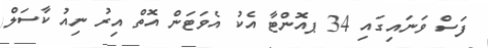
ފަސް ވަނައިގައި 34 ޕއޮންޓާ އެކު އެވަޓަން އޮތް އިރު ނިއު ކާސަލް